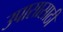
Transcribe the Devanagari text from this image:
उपासासाठी